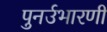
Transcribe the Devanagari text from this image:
पुनर्उभारणी